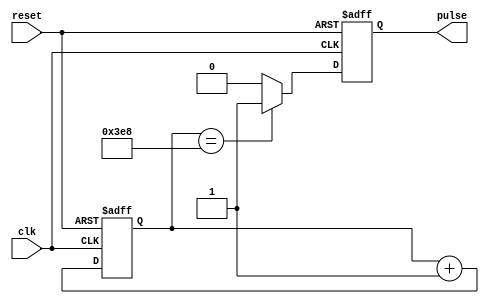
module synchronous_pulse_generator (
    input wire clk,
    input wire reset,
    output wire pulse
);

reg [31:0] count;
reg pulse_reg;

parameter PULSE_WIDTH = 1000; // Specified pulse width based on clock frequency (e.g. 1000 clock cycles)

always @(posedge clk or posedge reset) begin
    if (reset) begin
        count <= 0;
        pulse_reg <= 0;
    end else begin
        count <= count + 1;
        if (count == PULSE_WIDTH) begin
            pulse_reg <= 1;
        end else begin
            pulse_reg <= 0;
        end
    end
end

assign pulse = pulse_reg;

endmodule